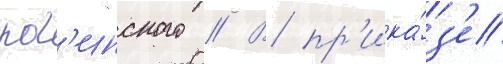
рог'инского // В пр'ика́з'е